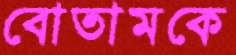
বোতামকে